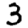
Digit: 3